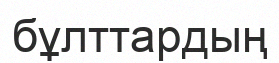
бұлттардың